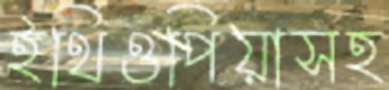
ইথিওপিয়াসহ